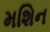
મશિન